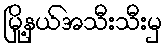
မြို့နယ်အသီးသီးမှ